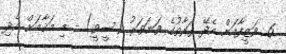
6. ވަޒީފާއަށް އެދޭ ފަރާތުގެ ވަނަވަރު (ސީވީ) - މި މަޤާމަށް އެދި